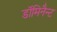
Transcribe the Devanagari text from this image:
डॉमिनैन्ट